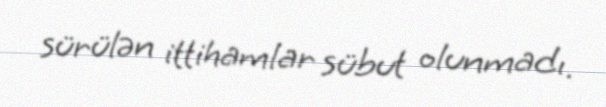
sürülən ittihamlar sübut olunmadı.